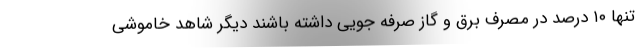
تنها ۱۰ درصد در مصرف برق و گاز صرفه جویی داشته باشند دیگر شاهد خاموشی